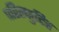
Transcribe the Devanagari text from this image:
परिस्फुटित